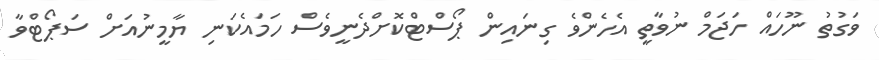
ވަގުތު ނޫހައް ހަޖަމް ނުވާތީ އެހެންވެ ގިނައިން ޕޯސްޓްކޮށްދެނީވެސް ހަމައެކަނި ޔާމީނުއަށް ސަޕޯޓްވާ